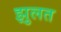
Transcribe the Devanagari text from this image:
झुलत